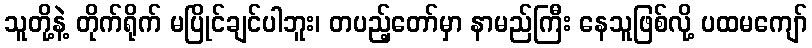
သူတို့နဲ့ တိုက်ရိုက် မပြိုင်ချင်ပါဘူး၊ တပည့်တော်မှာ နာမည်ကြီး နေသူဖြစ်လို့ ပထမကျော်